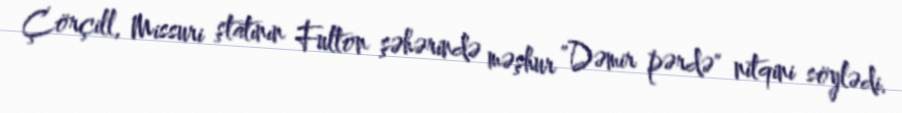
Çörçill, Missuri ştatının Fulton şəhərində məşhur "Dəmir pərdə" nitqini söylədi.